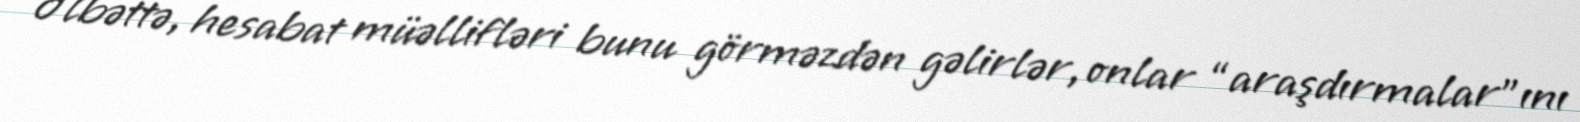
Əlbəttə, hesabat müəllifləri bunu görməzdən gəlirlər, onlar “araşdırmalar”ını